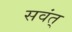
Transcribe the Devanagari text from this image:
सवंत्